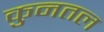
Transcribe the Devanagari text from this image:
कुनतल